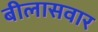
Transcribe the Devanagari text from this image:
बीलासवार